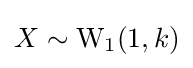
X\sim {\text{W}}_{1}(1,k)